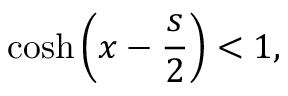
\cosh \left( x - \frac { s } { 2 } \right) < 1 ,